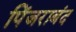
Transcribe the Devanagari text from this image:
पिंजराबंद